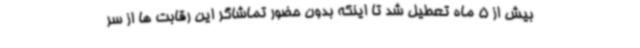
بیش از 5 ماه تعطیل شد تا اینکه بدون حضور تماشاگر این رقابت ها از سر